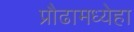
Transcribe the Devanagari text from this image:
प्रौढामध्येहा